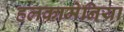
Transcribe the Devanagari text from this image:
हलकामेनिया